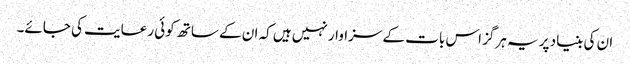
ان کی بنیاد پر یہ ہرگز اس بات کے سزاوار نہیں ہیں کہ ان کے ساتھ کوئی رعایت کی جائے۔